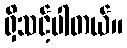
ရှိသင့်ပါတယ်။